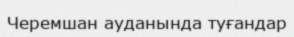
Черемшан ауданында туғандар